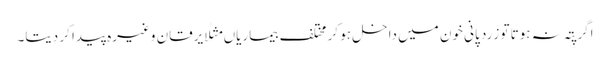
اگر پِتہ نہ ہوتا تو زَرد پانی خون میں داخل ہو کر مختلف بیماریاں مثلًا یرقان وغیرہ پیدا کر دیتا۔